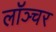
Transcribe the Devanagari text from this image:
लॉञ्चर